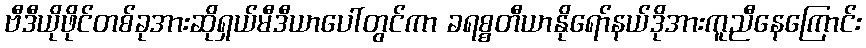
ဗီဒီယိုဖိုင်တစ်ခုအားဆိုရှယ်မီဒီယာပေါ်တွင်ကာ ခရစ္စတီယာနိုရော်နယ်ဒိုအားကူညီနေကြောင်း